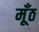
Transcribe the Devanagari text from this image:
मूँठ